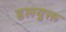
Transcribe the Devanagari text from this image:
हलयुक्त